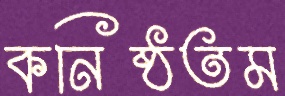
কনিষ্ঠতম